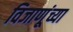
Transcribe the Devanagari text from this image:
विजाणूंच्या